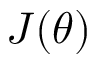
J ( \theta )